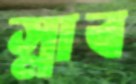
স্লাব